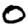
Digit: 0